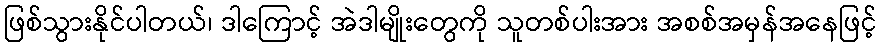
ဖြစ်သွားနိုင်ပါတယ်၊ ဒါကြောင့် အဲဒါမျိုးတွေကို သူတစ်ပါးအား အစစ်အမှန်အနေဖြင့်